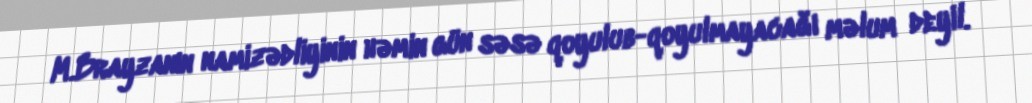
M.Brayzanın namizədliyinin həmin gün səsə qoyulub-qoyulmayacağı məlum deyil.